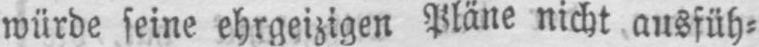
würde seine ehrgeizigen Pläne nicht ausfüh⸗